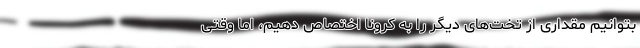
بتوانیم مقداری از تخت‌های دیگر را به کرونا اختصاص دهیم، اما وقتی